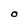
Character: O